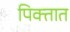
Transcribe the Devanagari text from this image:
पिक्तात